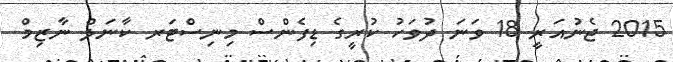
2015 ޖެނުއަރީ 18 ވަނަ ދުވަހު ކުރީގެ ޑިފެންސް މިނިސްޓަރ ކާނަލް ނާޒިމް